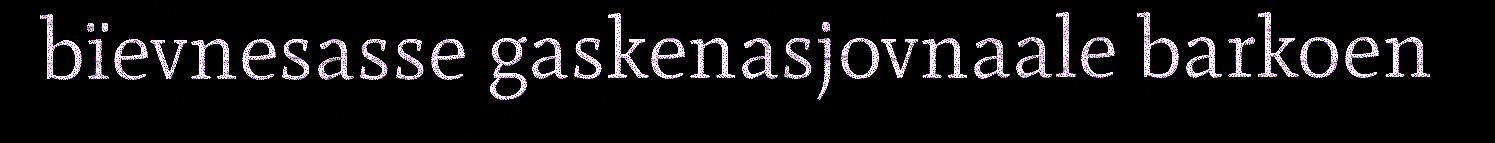
bïevnesasse gaskenasjovnaale barkoen